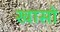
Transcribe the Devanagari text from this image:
खासो